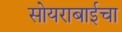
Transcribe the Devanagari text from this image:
सोयराबाईचा